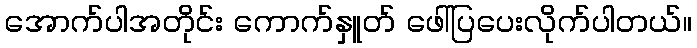
အောက်ပါအတိုင်း ကောက်နှူတ် ဖေါ်ပြပေးလိုက်ပါတယ်။